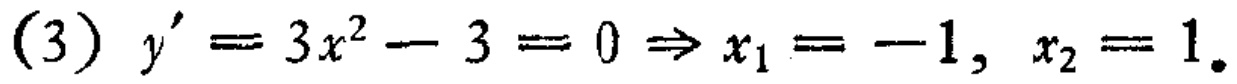
\((3)\ y' = 3x^{2}-3 = 0\Rightarrow x_{1}=-1,\ x_{2}=1.\)